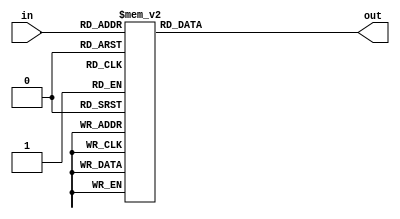
module approx_fp_div_lut (in, out);
input [5:0] in;
output [6:0] out;
reg [6:0] out;

always @(in) begin
   case (in)
        6'h0 : out <= 7'h7c;
        6'h1 : out <= 7'h78;
        6'h2 : out <= 7'h74;
        6'h3 : out <= 7'h70;
        6'h4 : out <= 7'h6d;
        6'h5 : out <= 7'h6a;
        6'h6 : out <= 7'h66;
        6'h7 : out <= 7'h63;
        6'h8 : out <= 7'h60;
        6'h9 : out <= 7'h5d;
        6'ha : out <= 7'h5a;
        6'hb : out <= 7'h57;
        6'hc : out <= 7'h54;
        6'hd : out <= 7'h52;
        6'he : out <= 7'h4f;
        6'hf : out <= 7'h4c;
        6'h10 : out <= 7'h4a;
        6'h11 : out <= 7'h47;
        6'h12 : out <= 7'h45;
        6'h13 : out <= 7'h43;
        6'h14 : out <= 7'h40;
        6'h15 : out <= 7'h3e;
        6'h16 : out <= 7'h3c;
        6'h17 : out <= 7'h3a;
        6'h18 : out <= 7'h38;
        6'h19 : out <= 7'h36;
        6'h1a : out <= 7'h34;
        6'h1b : out <= 7'h32;
        6'h1c : out <= 7'h30;
        6'h1d : out <= 7'h2e;
        6'h1e : out <= 7'h2c;
        6'h1f : out <= 7'h2a;
        6'h20 : out <= 7'h28;
        6'h21 : out <= 7'h27;
        6'h22 : out <= 7'h25;
        6'h23 : out <= 7'h23;
        6'h24 : out <= 7'h22;
        6'h25 : out <= 7'h20;
        6'h26 : out <= 7'h1f;
        6'h27 : out <= 7'h1d;
        6'h28 : out <= 7'h1c;
        6'h29 : out <= 7'h1a;
        6'h2a : out <= 7'h19;
        6'h2b : out <= 7'h17;
        6'h2c : out <= 7'h16;
        6'h2d : out <= 7'h14;
        6'h2e : out <= 7'h13;
        6'h2f : out <= 7'h12;
        6'h30 : out <= 7'h10;
        6'h31 : out <= 7'hf;
        6'h32 : out <= 7'he;
        6'h33 : out <= 7'hd;
        6'h34 : out <= 7'hc;
        6'h35 : out <= 7'ha;
        6'h36 : out <= 7'h9;
        6'h37 : out <= 7'h8;
        6'h38 : out <= 7'h7;
        6'h39 : out <= 7'h6;
        6'h3a : out <= 7'h5;
        6'h3b : out <= 7'h4;
        6'h3c : out <= 7'h3;
        6'h3d : out <= 7'h2;
        6'h3e : out <= 7'h1;
        6'h3f : out <= 7'h0;
    endcase
end
endmodule